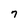
Character: 7